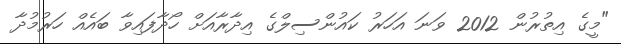
"މީގެ އިތުރުން 2012 ވަނަ އަހަރު ކައުންސިލްގެ އިދާރާއަށް ހޯދާފައިވާ ބައެއް ހަރުމުދާ